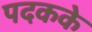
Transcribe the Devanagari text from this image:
पदकके